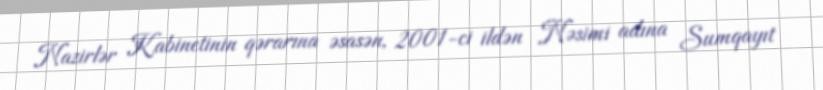
Nazirlər Kabinetinin qərarına əsasən, 2001-ci ildən Nəsimi adına Sumqayıt